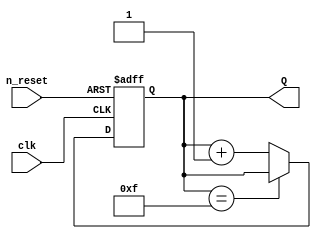
`timescale 1ns / 1ps
//////////////////////////////////////////////////////////////////////////////////
// Company: 
// 
// Design Name: 	 saturating_counter
// Module Name:    sat_cntr
// Project Name:   Registers and Counters
// Target Devices: 
// Tool versions: 
// Description: 	 n-bit counter that saturates when reaching a specified value
//
// Dependencies: 
//
// Revision: 
// Revision 0.01 - File Created
// Additional Comments: 
//
//////////////////////////////////////////////////////////////////////////////////
module sat_cntr(clk, n_reset, Q);
	parameter N = 4; // counter size in bits
	parameter max_count = 2**N - 1;
	
	input wire clk, n_reset;
	output reg [N-1:0] Q;
	
	wire indicator;
	assign indicator = (Q == max_count); // continious assign statement is executed when the LHS is changed
	
	always @ (posedge clk or negedge n_reset) begin
		if(n_reset == 0) begin
			Q <= 0; // reset the counter
		end 
		else if(indicator) 
			Q <= Q; // the counter saturates
		else 
			Q <= Q + 1;
	end
		
	
	
endmodule